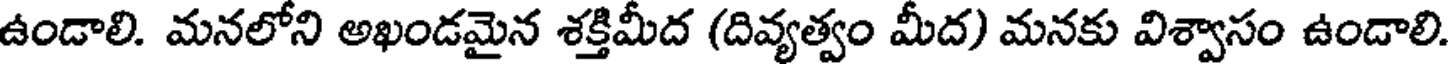
ఉండాలి. మనలోని అఖండమైన శక్తిమీద (దివ్యత్వం మీద) మనకు విశ్వాసం ఉండాలి.